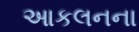
આકલનના